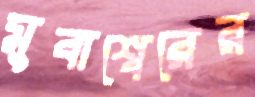
মুবাশ্বেরের